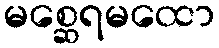
မစ္ဆေရမထော